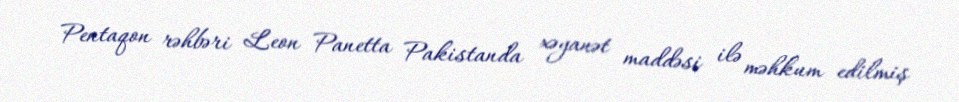
Pentaqon rəhbəri Leon Panetta Pakistanda xəyanət maddəsi ilə məhkum edilmiş